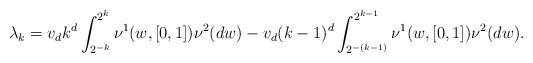
LaTeX: \begin{align*}\lambda_k=v_dk^d\int_{2^{-k}}^{2^k}\nu^1(w,[0,1])\nu^2(dw)-v_d(k-1)^d\int_{2^{-(k-1)}}^{2^{k-1}}\nu^1(w,[0,1])\nu^2(dw).\end{align*}